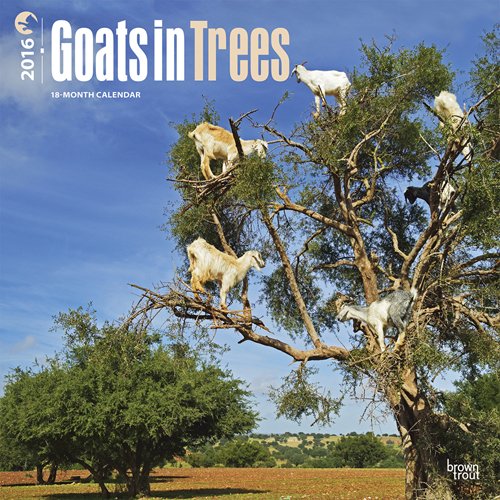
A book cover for Goats in Trees 2016 Square 12x12 (Multilingual Edition); Browntrout Publishers; Calendars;